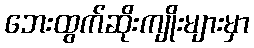
ဘေးထွက်ဆိုးကျိုးများမှာ